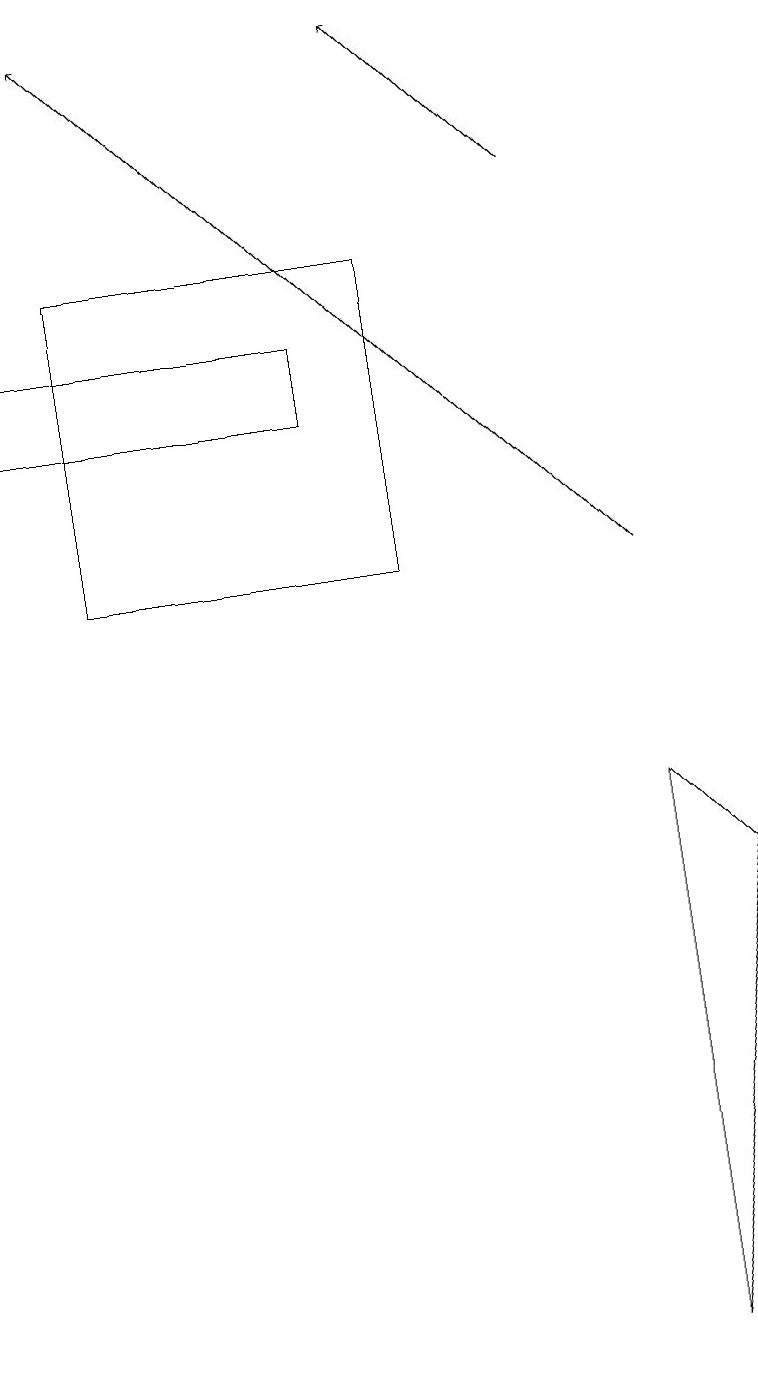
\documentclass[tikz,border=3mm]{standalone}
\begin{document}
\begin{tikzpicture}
\draw[->] (8,11) -- (1,18);
\draw (9,7) -- (8,8) -- (8,1) -- cycle;
\draw[->] (7,16) -- (5,18);
\draw (1,15) rectangle (5,11);
\draw (4,13) rectangle (0,14);
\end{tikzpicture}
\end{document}